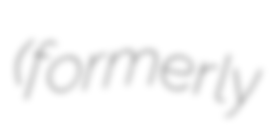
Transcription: (formerly